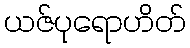
ယဇ်ပုရောဟိတ်